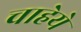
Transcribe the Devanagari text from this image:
चाहेये